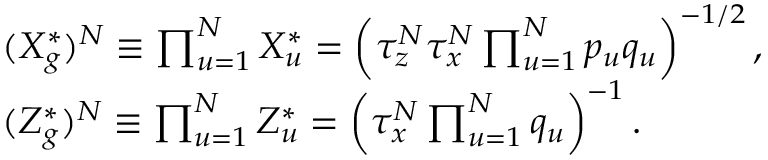
\begin{array} { r l } & { ( X _ { g } ^ { * } ) ^ { N } \equiv \prod _ { u = 1 } ^ { N } X _ { u } ^ { * } = \left( \tau _ { z } ^ { N } \tau _ { x } ^ { N } \prod _ { u = 1 } ^ { N } p _ { u } q _ { u } \right) ^ { - 1 / 2 } , } \\ & { ( Z _ { g } ^ { * } ) ^ { N } \equiv \prod _ { u = 1 } ^ { N } Z _ { u } ^ { * } = \left( \tau _ { x } ^ { N } \prod _ { u = 1 } ^ { N } q _ { u } \right) ^ { - 1 } . } \end{array}